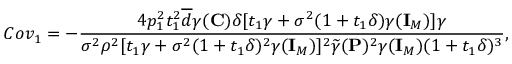
C o v _ { 1 } = - \frac { 4 p _ { 1 } ^ { 2 } t _ { 1 } ^ { 2 } \overline { { d } } \gamma ( { \mathbf { C } } ) \delta [ t _ { 1 } \gamma + \sigma ^ { 2 } ( 1 + t _ { 1 } \delta ) \gamma ( { \mathbf { I } } _ { M } ) ] \gamma } { \sigma ^ { 2 } \rho ^ { 2 } [ t _ { 1 } \gamma + \sigma ^ { 2 } ( 1 + t _ { 1 } \delta ) ^ { 2 } \gamma ( { \mathbf { I } } _ { M } ) ] ^ { 2 } \widetilde { \gamma } ( { \mathbf { P } } ) ^ { 2 } \gamma ( { \mathbf { I } } _ { M } ) ( 1 + t _ { 1 } \delta ) ^ { 3 } } ,